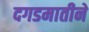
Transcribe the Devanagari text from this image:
दगडमातीने